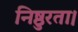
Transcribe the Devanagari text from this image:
निष्ठुरता।